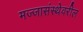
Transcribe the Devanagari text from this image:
मज्जासंस्थेवरील